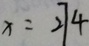
x = 2 7 4